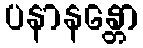
ပနာနန္တော